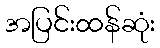
အပြင်းထန်ဆုံး